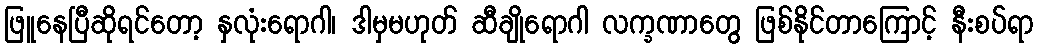
ဖြူနေပြီဆိုရင်တော့ နှလုံးရောဂါ၊ ဒါမှမဟုတ် ဆီချိုရောဂါ လက္ခဏာတွေ ဖြစ်နိုင်တာကြောင့် နီးစပ်ရာ